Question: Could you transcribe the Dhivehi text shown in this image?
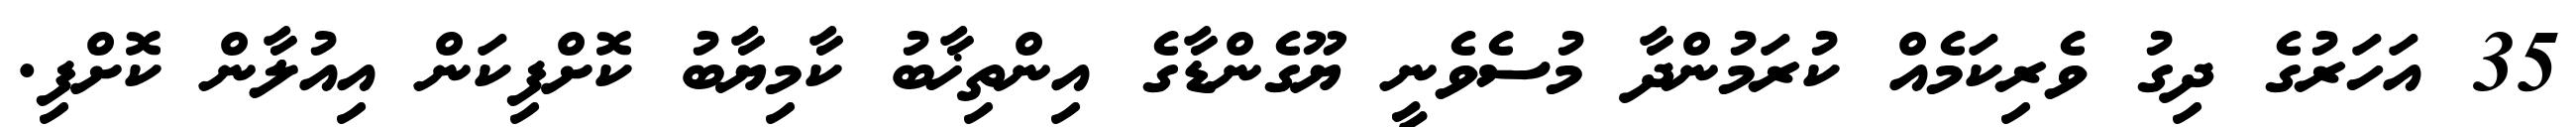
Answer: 35 އަހަރުގެ ދިގު ވެރިކަމެއް ކުރަމުންދާ މުސެވެނީ ޔޫގެންޑާގެ އިންތިޚާބު ކާމިޔާބު ކޮށްފިކަން އިއުލާން ކޮށްފި.